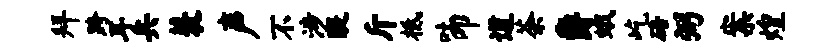
拜跨耳兵蓑声不涉醍斤柢吐叩道荼爵蛾屹碚弼案煌